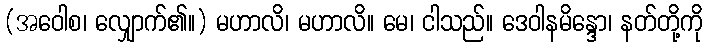
(အဝေါစ၊ လျှောက်၏။) မဟာလိ၊ မဟာလိ။ မေ၊ ငါသည်။ ဒေဝါနမိန္ဒော၊ နတ်တို့ကို